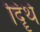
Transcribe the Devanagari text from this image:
दिॄथे